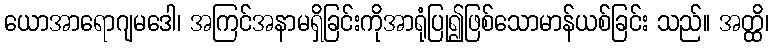
ယောအာရောဂျမဒေါ၊ အကြင်အနာမရှိခြင်းကိုအာရုံပြု၍ဖြစ်သောမာန်ယစ်ခြင်း သည်။ အတ္ထိ၊